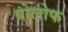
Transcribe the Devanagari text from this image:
बोलोफ